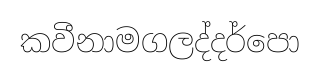
කවීනාමගලද්දර්පො